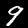
Label: 9